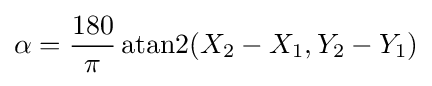
\alpha ={\frac {180}{\pi }}\operatorname {atan2} (X_{2}-X_{1},Y_{2}-Y_{1})